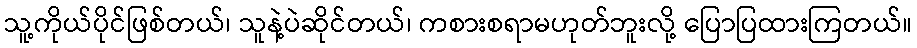
သူ့ကိုယ်ပိုင်ဖြစ်တယ်၊ သူနဲ့ပဲဆိုင်တယ်၊ ကစားစရာမဟုတ်ဘူးလို့ ပြောပြထားကြတယ်။